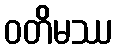
ဝတိမဿ